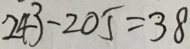
2 4 3 - 2 0 5 = 3 8